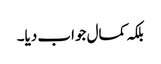
بلکہ کمال جواب دیا۔